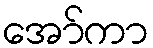
အော်ကာ